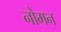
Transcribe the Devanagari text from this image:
नोमन